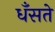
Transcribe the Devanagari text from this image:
धँसते